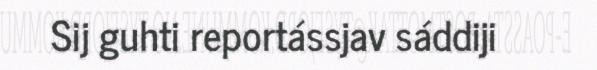
Sij guhti reportássjav sáddiji